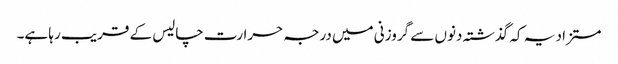
مستزاد یہ کہ گذشتہ دنوں سے گروزنی میں درجہ حرارت چالیس کے قریب رہا ہے۔